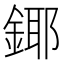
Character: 鎁